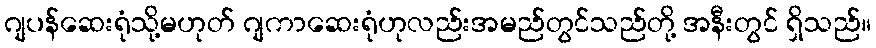
ဂျပန်ဆေးရုံသို့မဟုတ် ဂျကာဆေးရုံဟုလည်းအမည်တွင်သည်တို့ အနီးတွင် ရှိသည်။